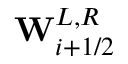
\mathbf { W } _ { i + 1 / 2 } ^ { L , R }